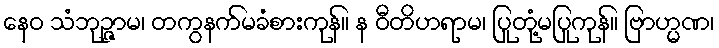
နေဝ သံဘုဉ္ဇာမ၊ တကွနက်မခံစားကုန်။ န ဝီတိဟရာမ၊ ပြုတုံ့မပြုကုန်။ ဗြာဟ္မဏ၊